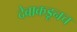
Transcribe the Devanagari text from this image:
देवाकडूनच